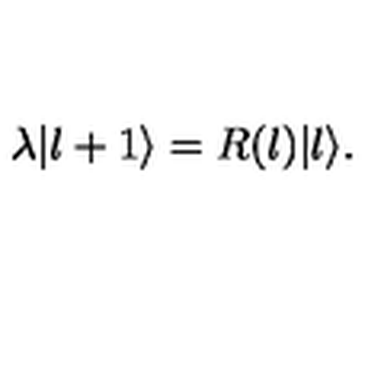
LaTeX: \lambda | l + 1 \rangle = R ( l ) | l \rangle .